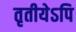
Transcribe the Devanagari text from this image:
तृतीयेऽपि